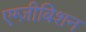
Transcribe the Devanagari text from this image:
एग्ज़ीबिशन